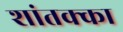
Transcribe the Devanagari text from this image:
शांतक्का